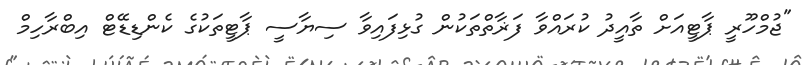
"ޖުމްހޫރީ ޕާޓީއަށް ތާއީދު ކުރައްވާ ފަޜާތްތަކުން ގުޅިފައިވާ ސިޔާސީ ޕާޓީތަކުގެ ކެންޑިޑޭޓް އިބްރާހިމް